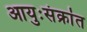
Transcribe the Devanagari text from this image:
आयुःसंक्रांत